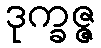
ဒုက္ခဇ္ဇ